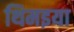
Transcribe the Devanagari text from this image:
थिमइया